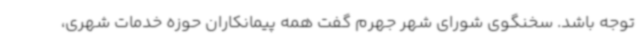
توجه باشد. سخنگوی شورای شهر جهرم گفت همه پیمانکاران حوزه خدمات شهری،